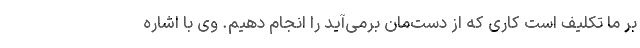
بر ما تکلیف است کاری که از دست‌مان برمی‌آید را انجام دهیم. وی با اشاره